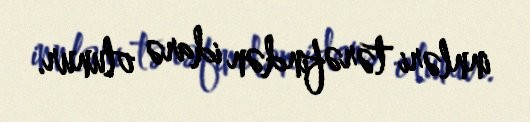
innləri tərəfindən idarə olunur.